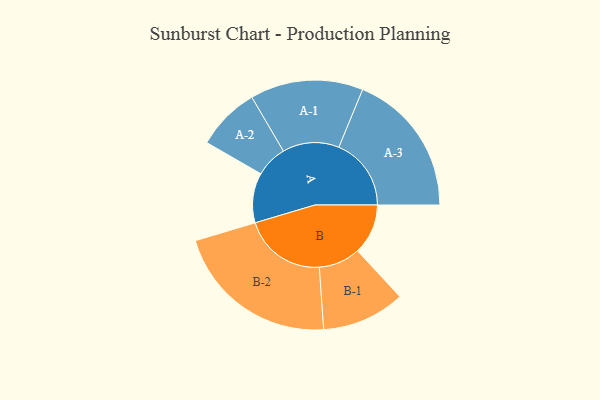
{"axis": {"x": "Segment", "y": "Value"}, "legend": ["", "A", "B"], "data": [{"x": "A", "y": 157, "type": ""}, {"x": "B", "y": 159, "type": ""}, {"x": "A-1", "y": 178, "type": "A"}, {"x": "A-2", "y": 100, "type": "A"}, {"x": "A-3", "y": 228, "type": "A"}, {"x": "B-1", "y": 131, "type": "B"}, {"x": "B-2", "y": 261, "type": "B"}]}